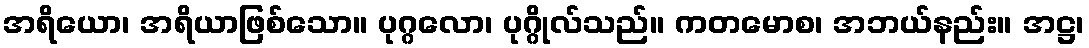
အရိယော၊ အရိယာဖြစ်သော။ ပုဂ္ဂလော၊ ပုဂ္ဂိုလ်သည်။ ကတမောစ၊ အဘယ်နည်း။ အဋ္ဌ၊